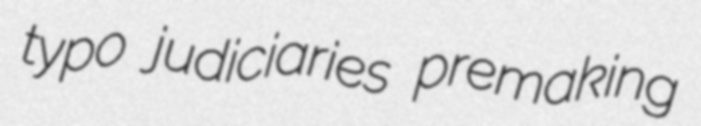
typo judiciaries premaking